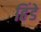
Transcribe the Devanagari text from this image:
हिंडे